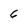
Character: 6